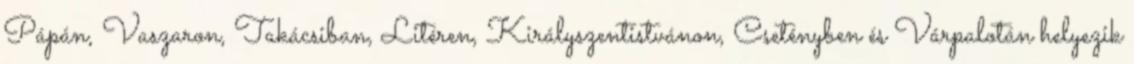
Pápán, Vaszaron, Takácsiban, Litéren, Királyszentistvánon, Csetényben és Várpalotán helyezik